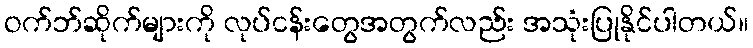
ဝက်ဘ်ဆိုက်များကို လုပ်ငန်းတွေအတွက်လည်း အသုံးပြုနိုင်ပါတယ်။